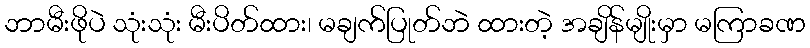
ဘာမီးဖိုပဲ သုံးသုံး မီးပိတ်ထား၊ မချက်ပြုတ်ဘဲ ထားတဲ့ အချိန်မျိုးမှာ မကြာခဏ